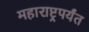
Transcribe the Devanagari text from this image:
महाराष्ट्रपर्यंत